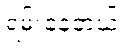
ရမ်းနေတယ်။